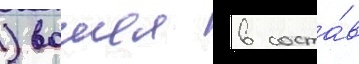
) вошел в соста́в